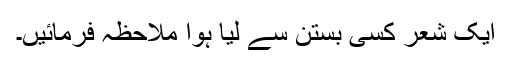
ایک شعر کسی بستن سے لیا ہوا ملاحظہ فرمائیں۔